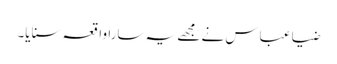
ضیا عباس نے مجھے یہ سارا واقعہ سنایا۔